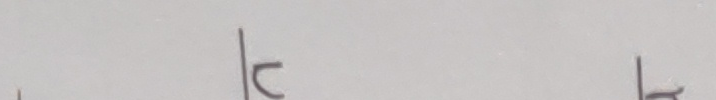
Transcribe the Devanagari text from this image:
टट